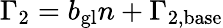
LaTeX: \Gamma_{2}=b_{\mathrm{gl}}n+\Gamma_{2,\mathrm{base}}